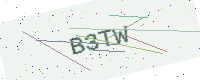
Text: B3TW